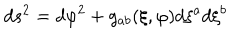
LaTeX: d s ^ { 2 } = d \varphi ^ { 2 } + g _ { a b } ( \xi , { \varphi } ) d \xi ^ { a } d \xi ^ { b }